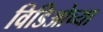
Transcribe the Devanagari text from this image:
विडिओच्या